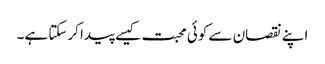
اپنے نقصان سے کوئی محبت کیسے پیدا کرسکتا ہے۔